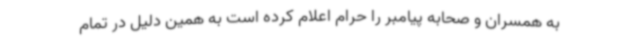
به همسران و صحابه پیامبر را حرام اعلام کرده است به همین دلیل در تمام